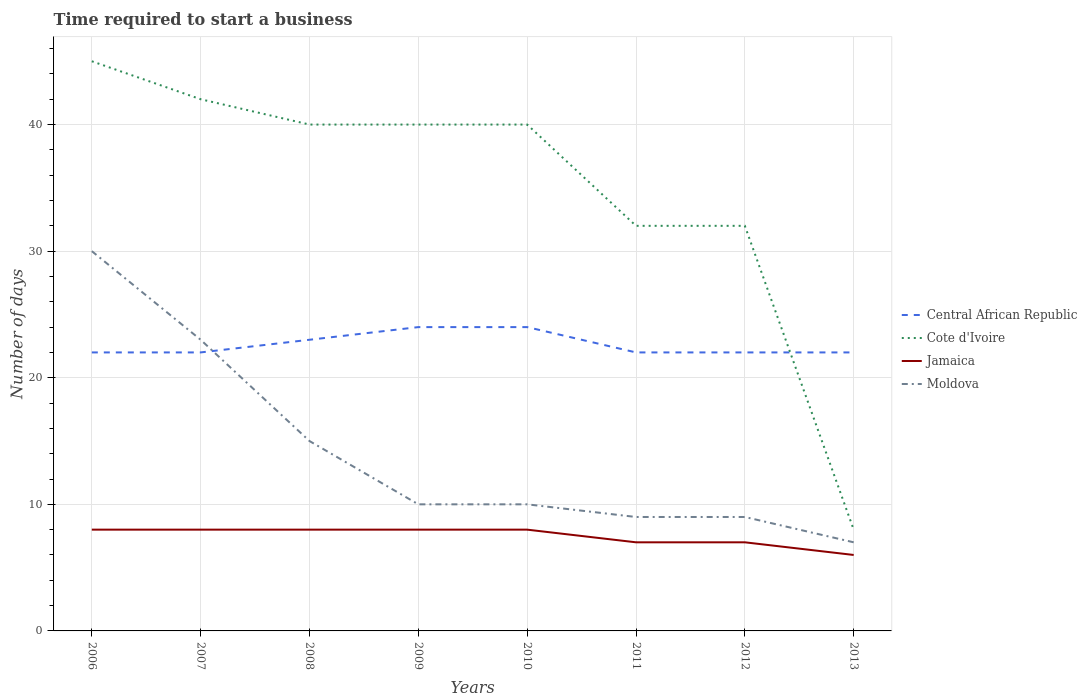
| Years | Central African Republic | Cote d'Ivoire | Jamaica | Moldova |
 | --- | --- | --- | --- | --- |
 | 2006 | 22 | 45 | 8 | 30 |
 | 2007 | 22 | 42 | 8 | 23 |
 | 2008 | 23 | 40 | 8 | 15 |
 | 2009 | 24 | 40 | 8 | 10 |
 | 2010 | 24 | 40 | 8 | 10 |
 | 2011 | 22 | 32 | 7 | 9 |
 | 2012 | 22 | 32 | 7 | 9 |
 | 2013 | 22 | 8 | 6 | 7 |